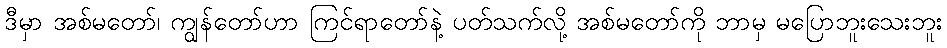
ဒီမှာ အစ်မတော်၊ ကျွန်တော်ဟာ ကြင်ရာတော်နဲ့ ပတ်သက်လို့ အစ်မတော်ကို ဘာမှ မပြောဘူးသေးဘူး